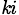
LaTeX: _{\mathit{k}i}